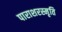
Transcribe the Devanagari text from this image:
पाराशरस्मृति